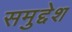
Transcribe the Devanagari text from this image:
समुद्देश